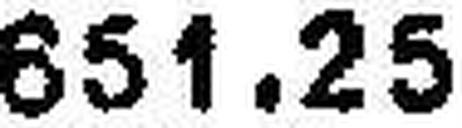
651.25